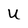
Character: U